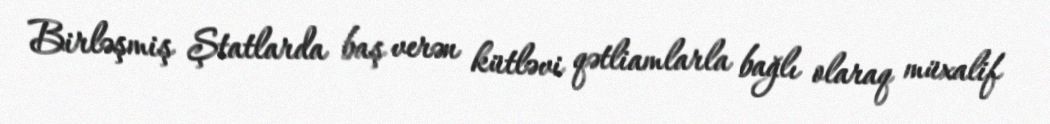
Birləşmiş Ştatlarda baş verən kütləvi qətliamlarla bağlı olaraq müxalif